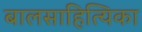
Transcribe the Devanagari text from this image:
बालसाहित्यिका